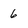
Character: 6